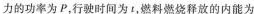
力的功率为P，行驶时间为t，燃料燃烧释放的内能为